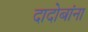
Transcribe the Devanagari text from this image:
दादोबांना